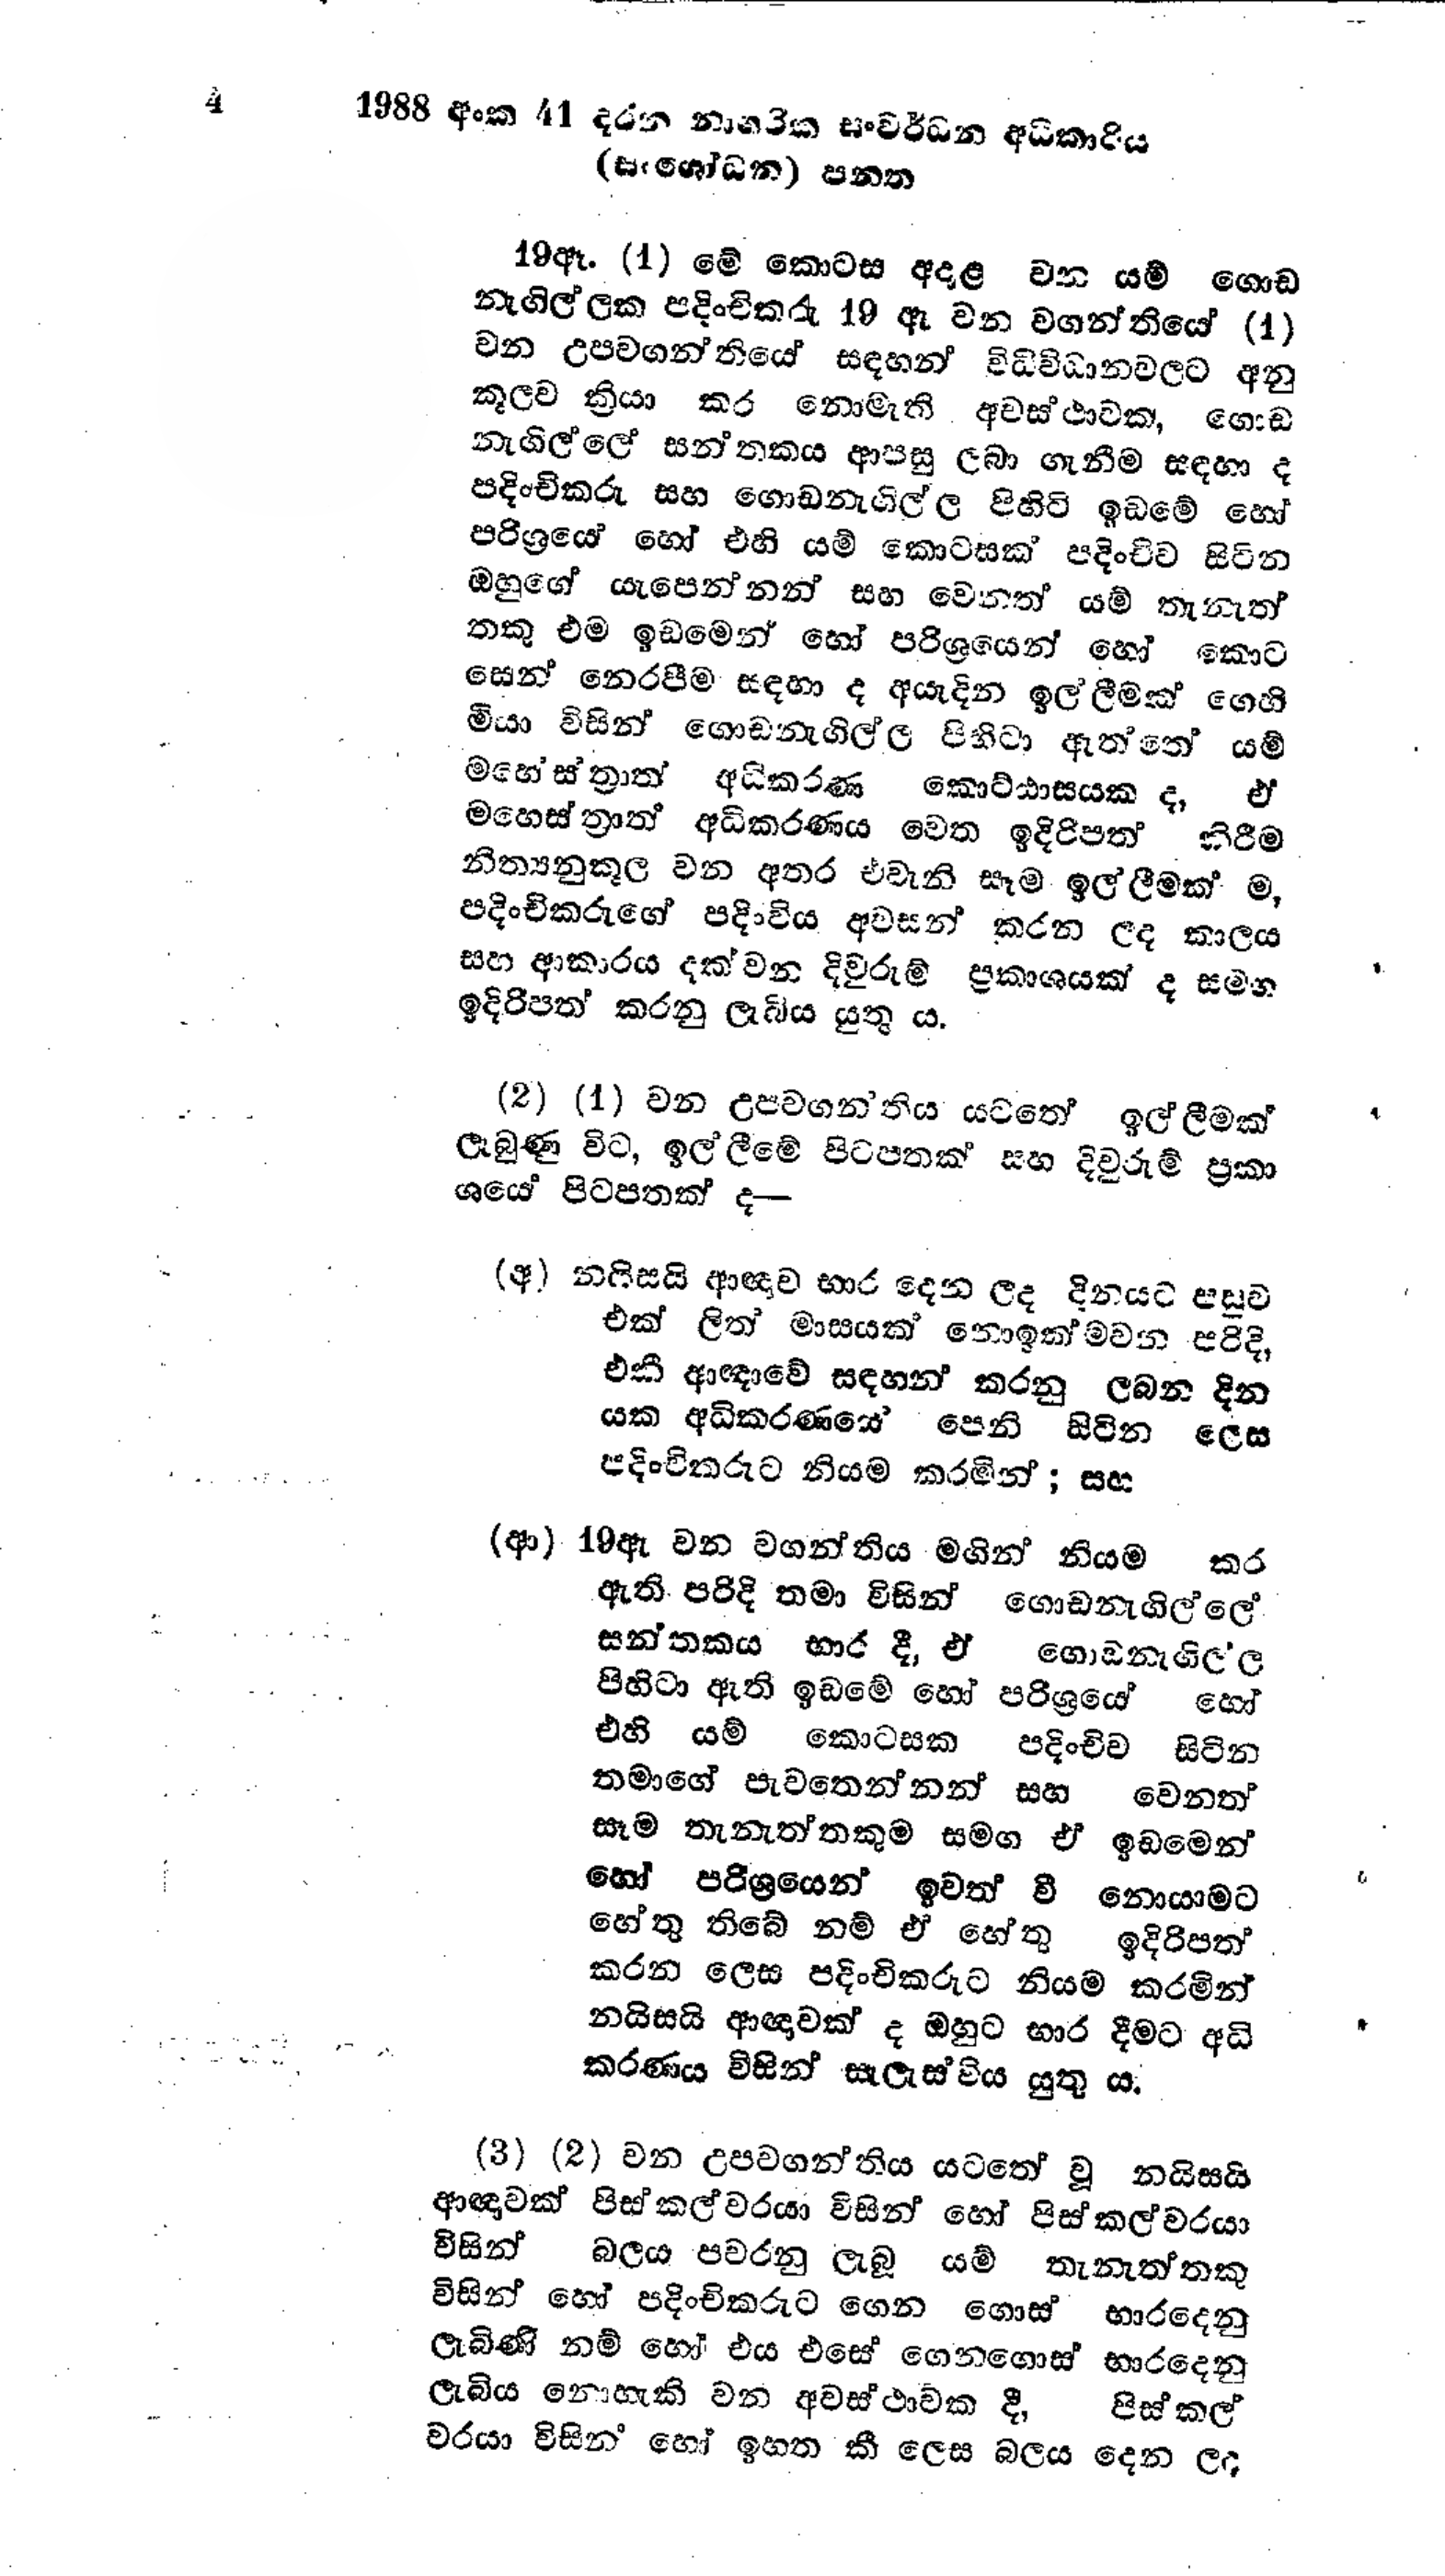
4 1988 අංක 41 දරන නාගරික සංවර්ධන අධිකාරිය
(සංශෝධන) පනත

19ඈ. (1) මේ කොටස අදාළ වන යම් ගොඩ
නැගිල්ලක පදිංචිකරු 19 ඇ වන වගන්තියේ (1)
වන උපවගන්තියේ සඳහන් විධි විධානවලට අනු
කූලව ක්‍රියා කර නොමැති අවස්ථාවක, ගොඩ
නැගිල්ලේ සන්තකය ආපසු ලබා ගැනීම සඳහා ද
පදිංචිකරු සහ ගොඩනැගිල්ල පිහිටි ඉඩමේ හෝ
පරිශ්‍රයේ හෝ එහි යම් කොටසක් පදිංචිව සිටින
ඔහුගේ යැපෙන්නන් සහ වෙනත් යම් තැනැත්
තකු එම ඉඩමෙන් හෝ පරිශ්‍රයෙන් හෝ කොට
සෙන් නෙරපීම සඳහා ද අයැදින ඉල්ලීමක් ගෙහි
මීයා විසින් ගොඩනැගිල්ල පිහිටා ඇත්තේ යම්
මහේස්ත්‍රාත් අධිකරණ කොට්ඨාසයකද, ඒ
මහෙස්ත්‍රාත් අධිකරණය වෙත ඉදිරිපත් කිරීම
නිත්‍යනුකූල වන අතර එවැනි සෑම ඉල්ලීමක් ම,
පදිංචිකරුගේ පදිංවිය අවසන් කරන ලද කාලය
සහ ආකාරය දක්වන දිවුරුම් ප්‍රකාශයක් ද සමග
ඉදිරිපත් කරනු ලැබිය යුතු ය.

(2) (1) වන උපවගන්තිය යටතේ ඉල්ලීමක්
ලැබුණු විට, ඉල්ලීමේ පිටපතක් සහ දිවුරුම් ප්‍රකා
ශයේ පිටපතක් ද−

(අ) නයිසයි ආඥාව භාර දෙන ලද දිනයට පසුව
එක් ලිත් මාසයක් නොඉක්මවන පරිදි,
එකී ආඥාවේ සඳහන් කරනු ලබන දින
යක අධිකරණයේ පෙනී සිටින ලෙස
පදිංචිකරුට නියම කරමින්; සහ

(ආ) 19 ඇ වන වගන්තිය මගින් නියම කර
ඇති පරිදි තමා විසින් ගොඩනැගිල්ලේ
සන්තකය භාර දී, ඒ ගොඩනැගිල්ල
පිහිටා ඇති ඉඩමේ හෝ පරිශ්‍රයේ හෝ
එහි යම් කොටසක පදිංචිව සිටින
තමාගේ පැවතෙන්නන් සහ වෙනත්
සෑම තැනැත්තකුම සමග ඒ ඉඩමෙන්
හෝ පරිශ්‍රයෙන් ඉවත් වී නොයාමට
හේතු තිබේ නම් ඒ හේතු ඉදිරිපත්
කරන ලෙස පදිංචිකරුට නියම කරමින්
නයිසයි ආඥාවක් ද ඔහුට භාර දීමට අධි
කරණය විසින් සැලැස්විය යුතු ය.

(3) (2) වන උපවගන්තිය යටතේ වූ නයිසයි
ආඥාවක් පිස්කල්වරයා විසින් හෝ පිස්කල්වරයා
විසින් බලය පවරනු ලැබූ යම් තැනැත්තකු
විසින් හෝ පදිංචිකරුට ගෙන ගොස් භාරදෙනු
ලැබිණි නම් හෝ එය එසේ ගෙනගොස් භාරදෙනු
ලැබිය නොහැකි වන අවස්ථාවක දී, පිස්කල්
වරයා විසින් හෝ ඉහත කී ලෙස බලය දෙන ලද